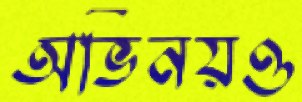
অভিনয়ও